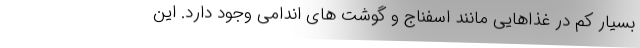
بسیار کم در غذاهایی مانند اسفناج و گوشت های اندامی وجود دارد. این